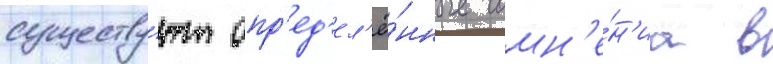
существу́ют опр'ед'ел'ё́нные сомн'е́н'иа в